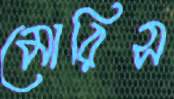
মোরিস